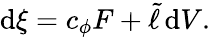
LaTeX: \mathrm{d}\xi=c_{\phi}F+\tilde{\ell}\, {\mathrm{d}V}.